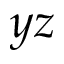
y z